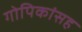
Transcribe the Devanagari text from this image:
गोपिकांसह